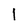
Character: 1